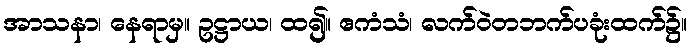
အာသနာ၊ နေရာမှ။ ဥဋ္ဌာယ၊ ထ၍။ ဧကံသံ၊ လက်ဝဲတဘက်ပခုံးထက်၌။